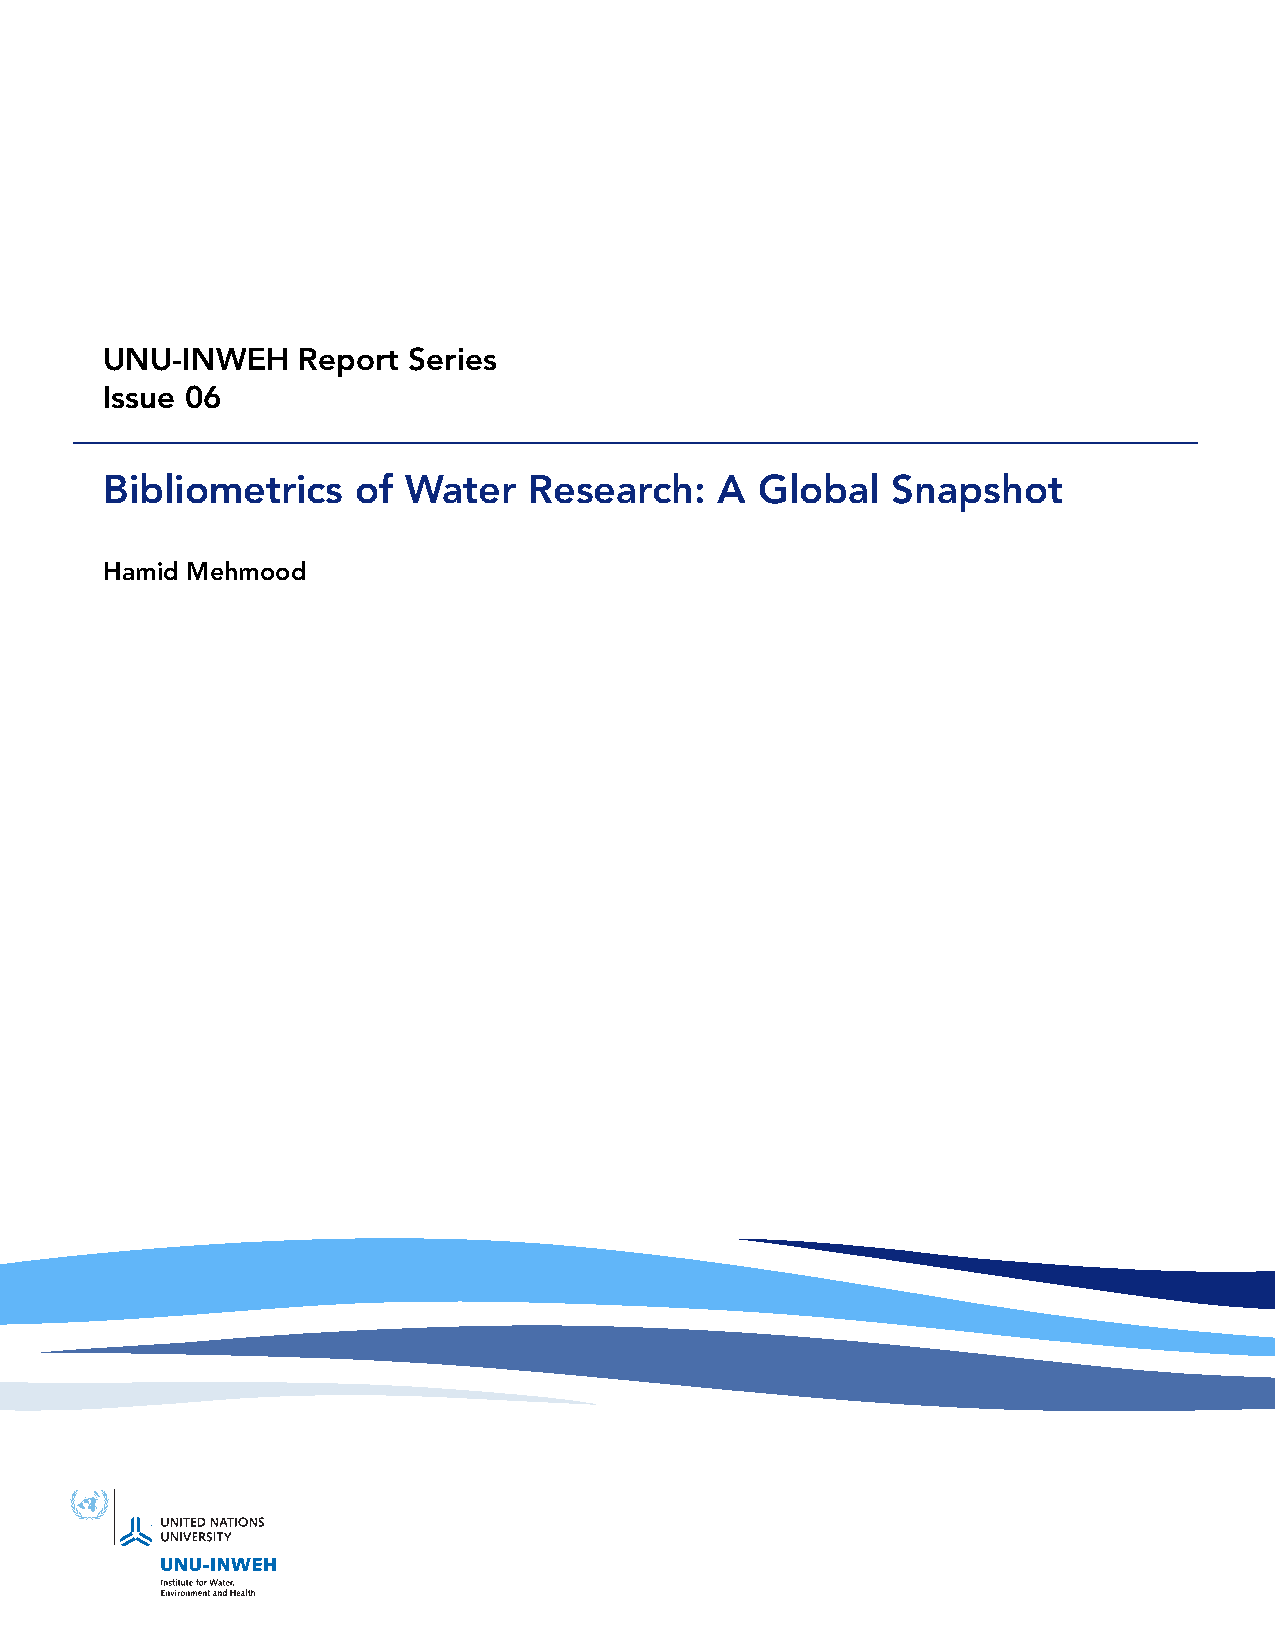
UNU-INWEH    Report Series
 Issue 06
 Bibliometrics    of Water   Research:    A Global   Snapshot
 Hamid Mehmood